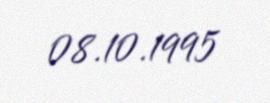
08.10.1995